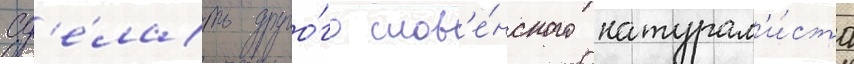
сд'е́лать друго́го слов'е́нского натурал'и́ста